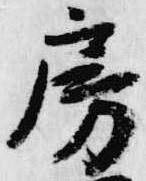
房